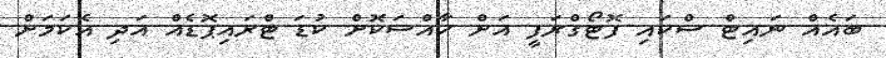
ބައެއް ނައިޓް ސްކައި ފޮޓޯގްރަފީ އަށް ހާއްސަކޮށް ކުޑަ ޓްރައިޕޮޑެއް އަދި އެކަމަށް